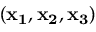
( \mathbf { x _ { 1 } } , \mathbf { x _ { 2 } } , \mathbf { x _ { 3 } } )